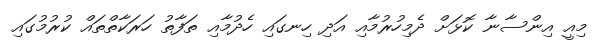
މިއީ އިންސާނާ ކޮޅަށް ދެމިހުރުމާއި އަދި ހިނގައި ހެދުމާއި ތަފާތު ހަރަކާތްތައް ކުރުމުގައި